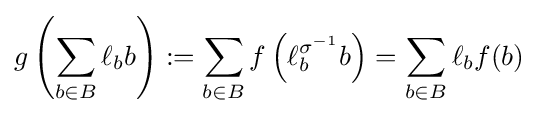
g\left(\sum _{b\in B}\ell _{b}b\right):=\sum _{b\in B}f\left(\ell _{b}^{\sigma ^{-1}}b\right)=\sum _{b\in B}\ell _{b}f(b)